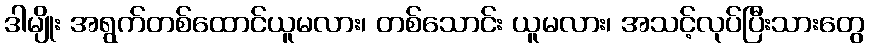
ဒါမျိုး အရွက်တစ်ထောင်ယူမလား၊ တစ်သောင်း ယူမလား၊ အသင့်လုပ်ပြီးသားတွေ